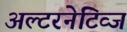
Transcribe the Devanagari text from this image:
अल्टरनेटिव्ज